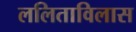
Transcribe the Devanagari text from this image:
ललिताविलास